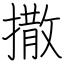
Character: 撒